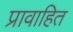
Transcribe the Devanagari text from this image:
प्रावाहित